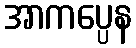
အာကပ္ပေန